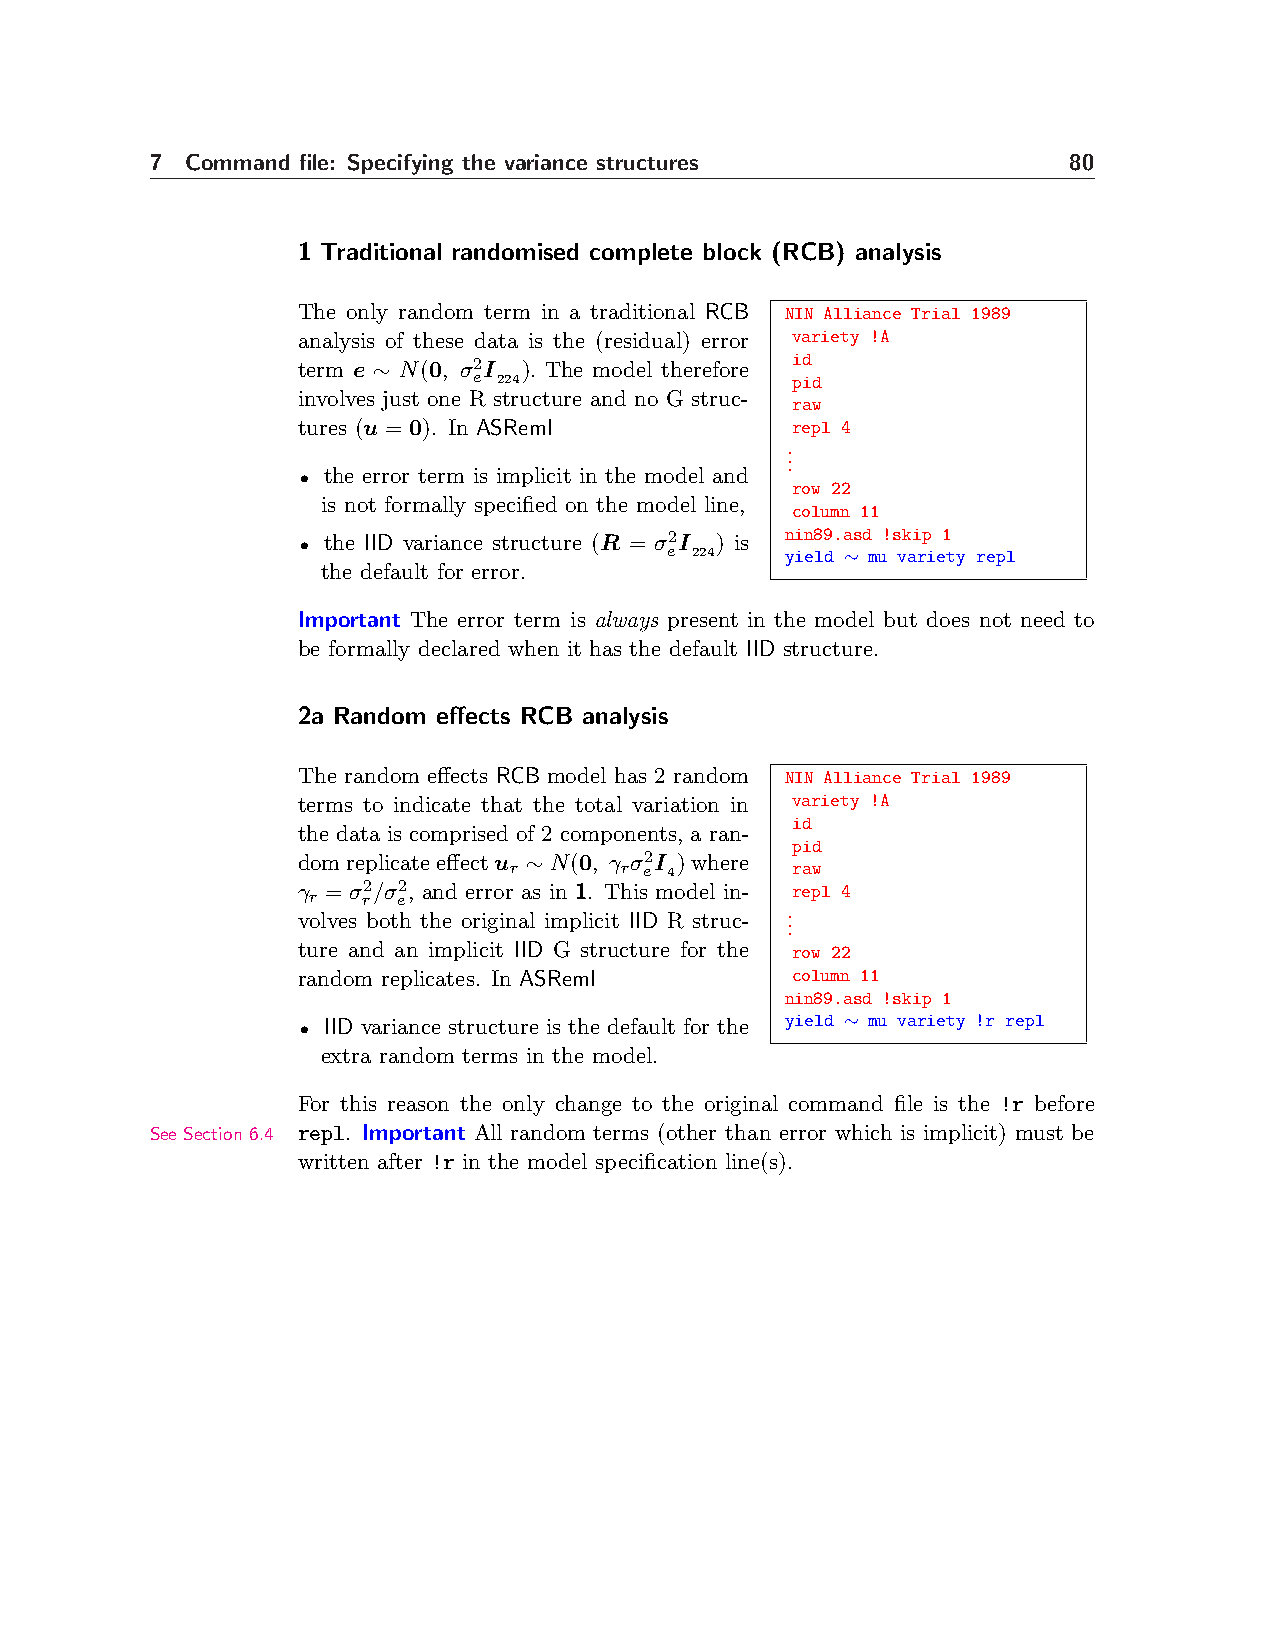
7 Command file: Specifying the variance structures           80
 1 Traditional randomised complete block (RCB) analysis
 The only random term in a traditional RCB NIN Alliance Trial 1989
 analysis of these data is the (residual) error variety !A
 term e ∼ N(0, σ2I ). The model therefore id
 e 224                pid
 involves just one R structure and no G struc-
 raw
 tures (u = 0). In ASReml        repl 4
 .
 .
 .
 • the error term is implicit in the model and
 row 22
 is not formally specified on the model line,
 column 11
 • the IID variance structure (R = σ e2I 224) is n yi in e8 l9 d.a ∼sd mu!s vk ai rp ie1
 ty repl
 the default for error.
 Important The error term is always present in the model but does not need to
 be formally declared when it has the default IID structure.
 2a Random effects RCB analysis
 The random effects RCB model has 2 random NIN Alliance Trial 1989
 terms to indicate that the total variation in variety !A
 id
 the data is comprised of 2 components, a ran-
 pid
 domreplicateeffectu ∼ N(0, γ σ2I )where
 r      r e 4      raw
 γ = σ2/σ2, and error as in 1. This model in- repl 4
 r   r e
 .
 volves both the original implicit IID R struc- .
 .
 ture and an implicit IID G structure for the row 22
 random replicates. In ASReml    column 11
 nin89.asd !skip 1
 • IID variance structure is the default for the yield ∼ mu variety !r repl
 extra random terms in the model.
 For this reason the only change to the original command file is the !r before
 See Section 6.4 repl. Important All random terms (other than error which is implicit) must be
 written after !r in the model specification line(s).